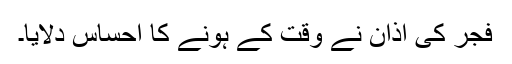
فجر کی آذان نے وقت کے ہونے کا احساس دلایا۔